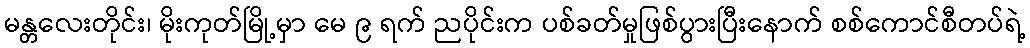
မန္တလေးတိုင်း၊ မိုးကုတ်မြို့မှာ မေ ၉ ရက် ညပိုင်းက ပစ်ခတ်မှုဖြစ်ပွားပြီးနောက် စစ်ကောင်စီတပ်ရဲ့